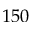
1 5 0